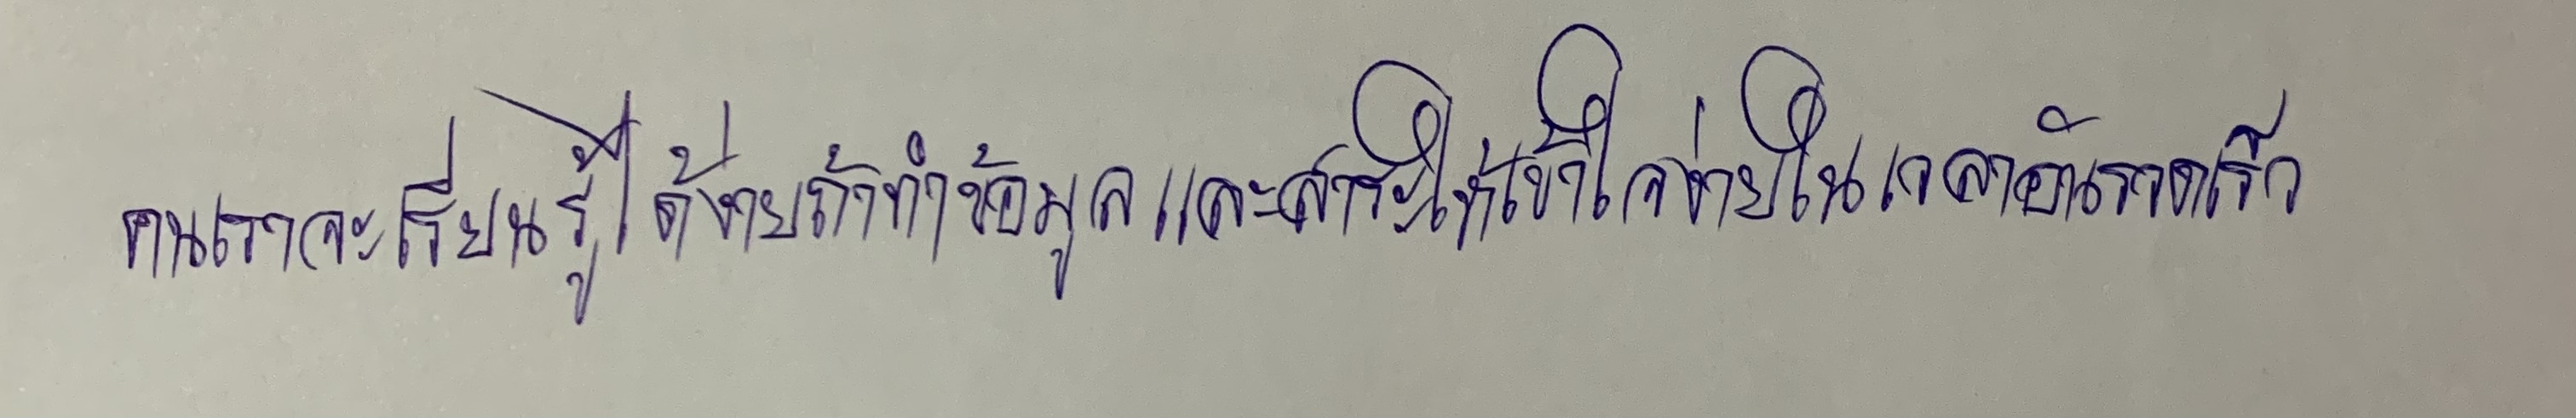
คนเราจะเรียนรู้ได้ง่ายถ้าทำข้อมูลและสาระให้เข้าใจง่ายในเวลาอันรวดเร็ว